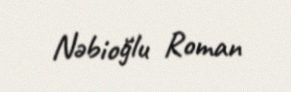
Nəbioğlu Roman